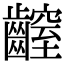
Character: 𪙜